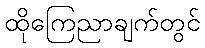
ထိုကြေညာချက်တွင်